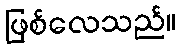
ဖြစ်လေသည်။